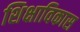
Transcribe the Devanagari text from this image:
शिक्षाविकास